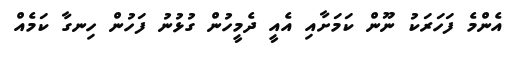
އެންމެ ފަހަރަކު ނޫން ކަމަށާއި އެއީ ދެމީހުން ގުޅުނު ފަހުން ހިނގާ ކަމެއް